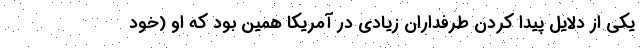
یکی از دلایل پیدا کردن طرفداران زیادی در آمریکا همین بود که او (خود